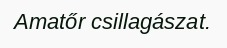
Amatőr csillagászat.